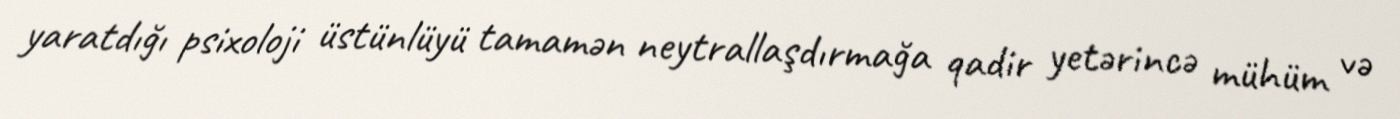
yaratdığı psixoloji üstünlüyü tamamən neytrallaşdırmağa qadir yetərincə mühüm və